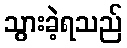
သွားခဲ့ရသည်